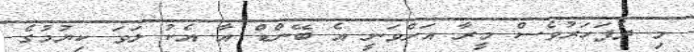
މި ދެފަހަރުވެސް މީރާ އަށްވަނީ އެ ބޭންޑް އާ އެކު ލަވަ ކިޔުމުގެ